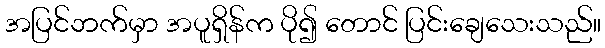
အပြင်ဘက်မှာ အပူရှိန်က ပို၍ တောင် ပြင်းချေသေးသည်။